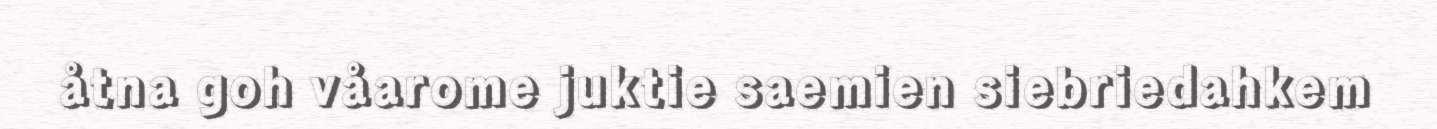
åtna goh våarome juktie saemien siebriedahkem